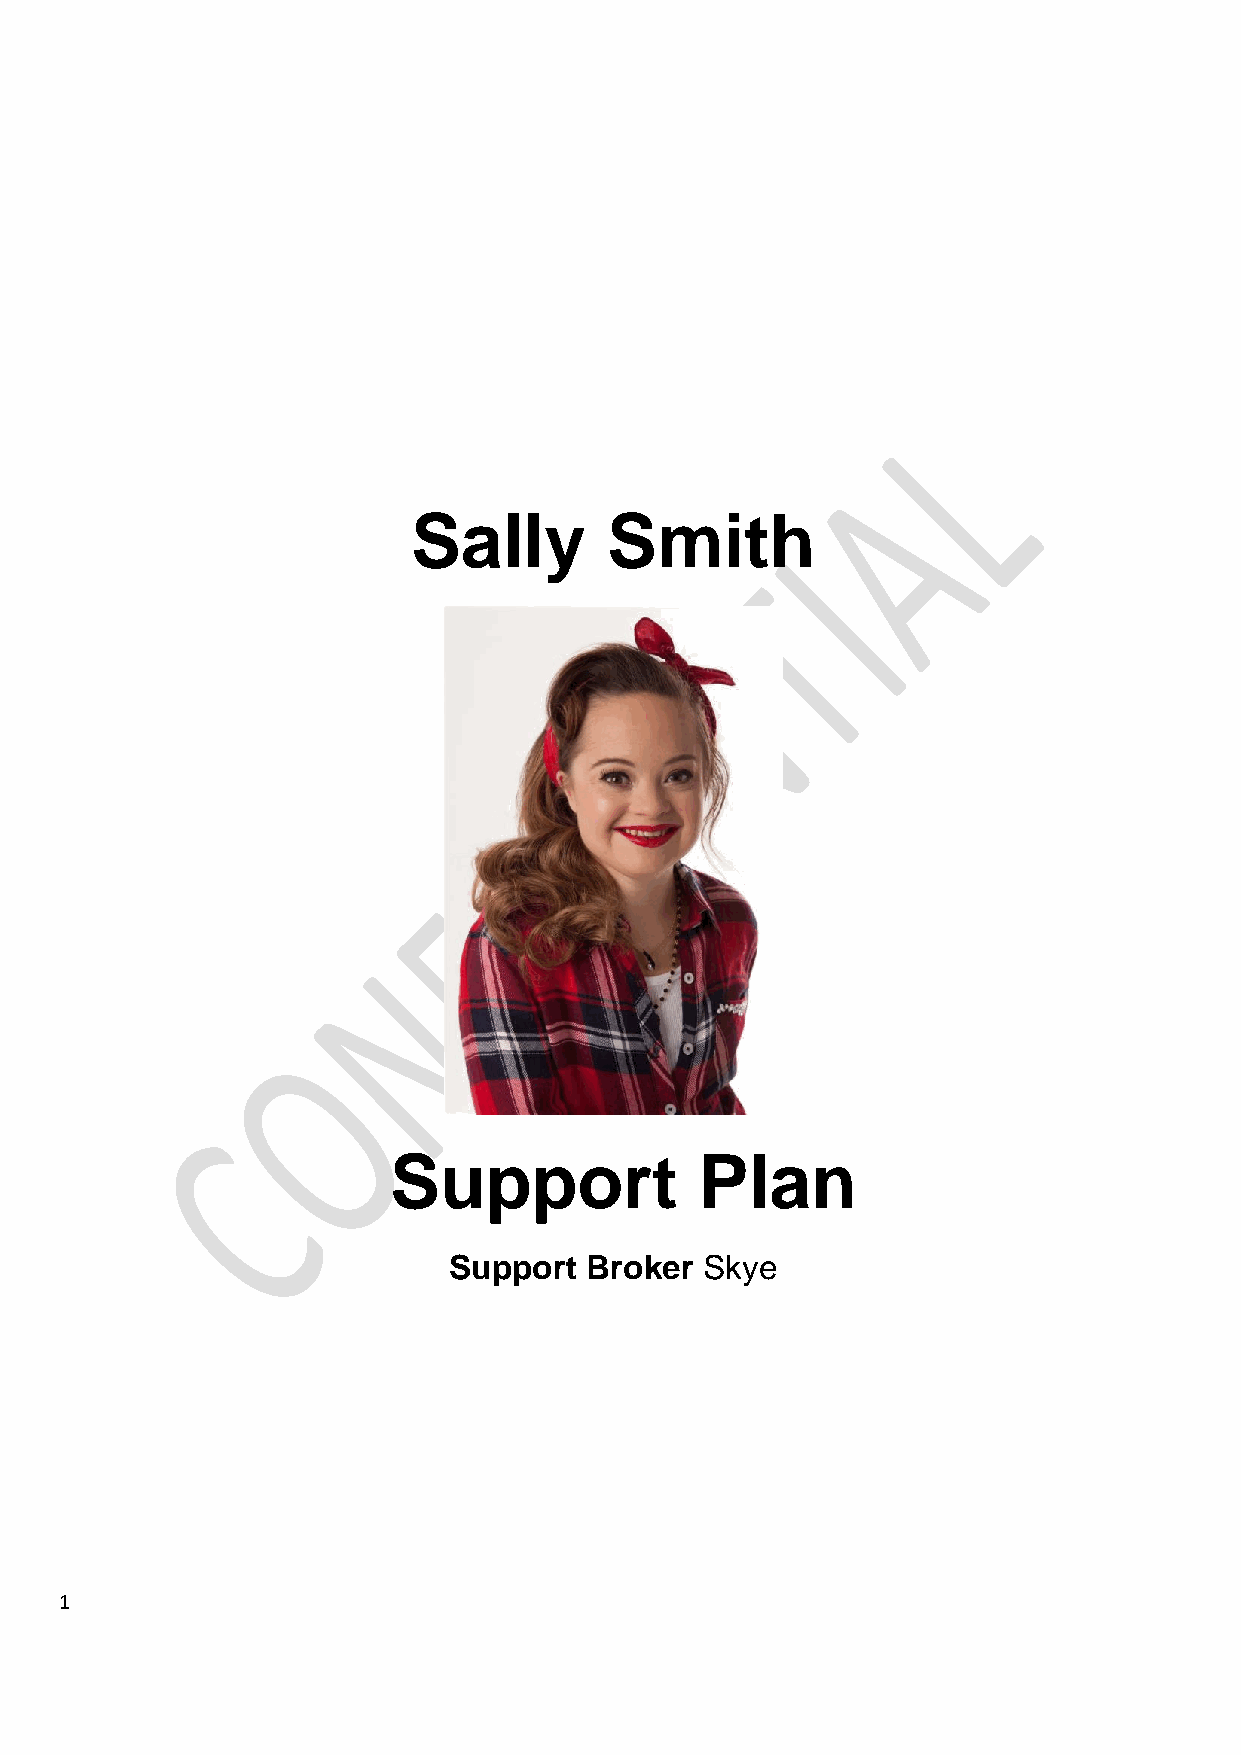
Sally        Smith
 Support             Plan
 Support  Broker  Skye
 1